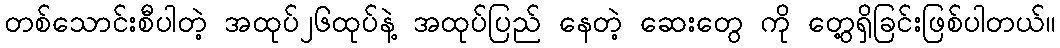
တစ်သောင်းစီပါတဲ့ အထုပ်၂၆ထုပ်နဲ့ အထုပ်ပြည် နေတဲ့ ဆေးတွေ ကို တွေ့ရှိခြင်းဖြစ်ပါတယ်။